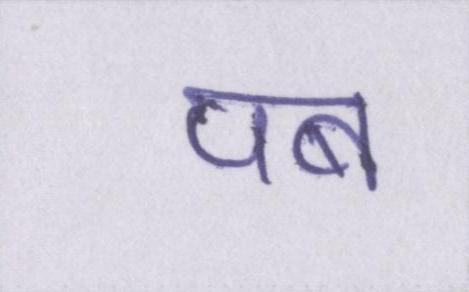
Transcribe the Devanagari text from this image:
पब